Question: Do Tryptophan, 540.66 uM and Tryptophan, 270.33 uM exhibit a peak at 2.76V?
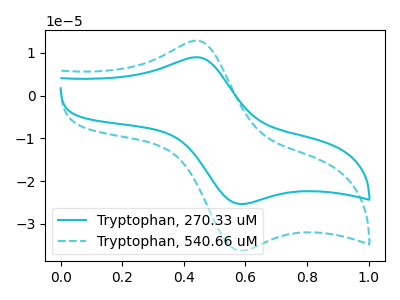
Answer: <think>The cyan curve "Tryptophan, 270.33 uM" has an anodic peak at (0.45V, 9.00uA) and a cathodic peak at (0.60V, -25.35uA). The cyan dashed curve "Tryptophan, 540.66 uM" has an anodic peak at (0.45V, 12.85uA) and a cathodic peak at (0.60V, -36.25uA).</think>
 <answer>No, "Tryptophan, 540.66 uM" and "Tryptophan, 270.33 uM" dont share a peak at 2.76V.</answer>
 <eval>mismatch</eval>